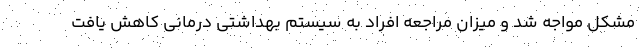
مشکل مواجه شد و میزان مراجعه افراد به سیستم بهداشتی درمانی کاهش یافت